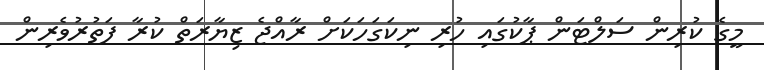
މީގެ ކުރިން ސަލްޓަން ޕާކުގައި ހުރި ނިކަގަހަކަށް ރާއްޖެ ޒިޔާރަތް ކުރާ ފަތުރުވެރިން